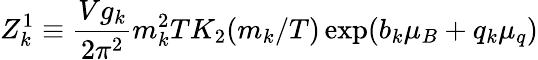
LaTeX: Z_{k}^{1}\equiv{\frac{Vg_{k}}{2\pi^{2}}}m_{k}^{2}TK_{2}(m_{k}/T)\exp(b_{k}\mu_{B}+q_{k}\mu_{q})